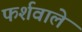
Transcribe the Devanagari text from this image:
फर्शवाले